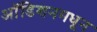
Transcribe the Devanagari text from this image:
ऑडिशनमधून